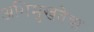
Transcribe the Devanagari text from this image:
अभिमुखतेचा